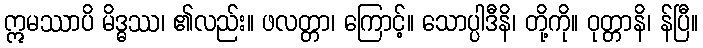
ဣမဿာပိ မိဒ္ဓဿ၊ ၏လည်း။ ဖလတ္တာ၊ ကြောင့်။ သောပ္ပါဒီနိ၊ တို့ကို။ ဝုတ္တာနိ၊ န်ပြီ။